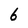
Character: 6